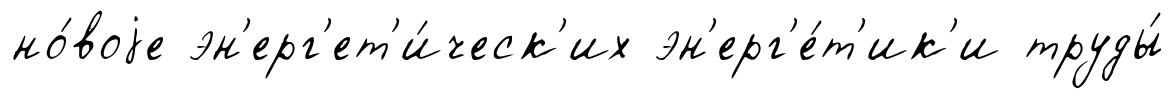
но́воjе эн'ерг'ет'и́ческ'их эн'ерг'е́т'ик'и труды́